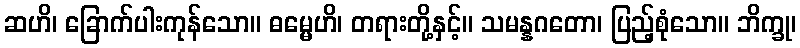
ဆဟိ၊ ခြောက်ပါးကုန်သော။ ဓမ္မေဟိ၊ တရားတို့နှင့်။ သမန္နဂတော၊ ပြည့်စုံသော။ ဘိက္ခု၊